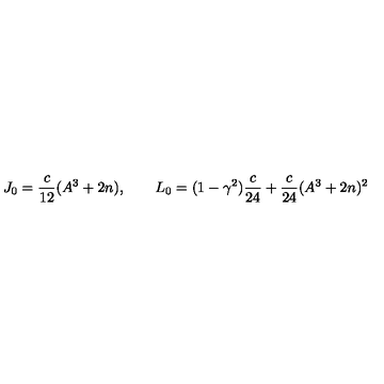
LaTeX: J _ { 0 } = \frac { c } { 1 2 } ( A ^ { 3 } + 2 n ) , \qquad L _ { 0 } = ( 1 - \gamma ^ { 2 } ) \frac { c } { 2 4 } + \frac { c } { 2 4 } ( A ^ { 3 } + 2 n ) ^ { 2 }